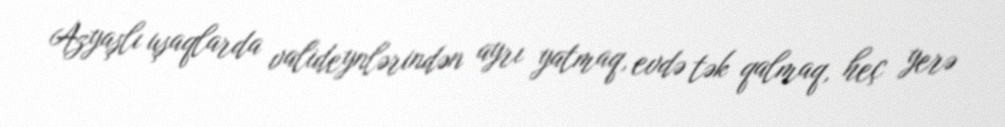
Azyaşlı uşaqlarda valideynlərindən ayrı yatmaq, evdə tək qalmaq, heç yerə